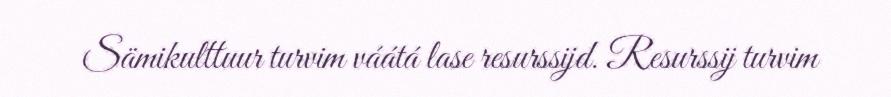
Sämikulttuur turvim váátá lase resurssijd. Resurssij turvim